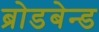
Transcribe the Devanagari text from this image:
ब्रोडबेन्ड